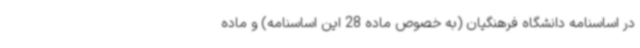
در اساسنامه دانشگاه فرهنگیان (به خصوص ماده 28 این اساسنامه) و ماده